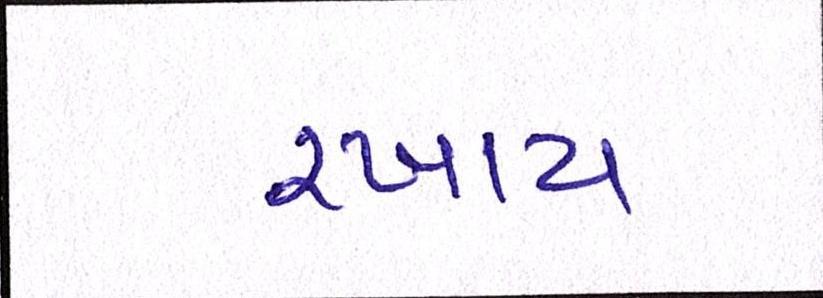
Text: રખાય